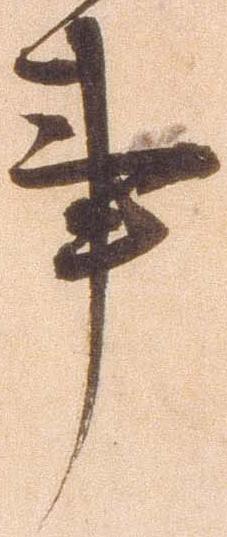
事